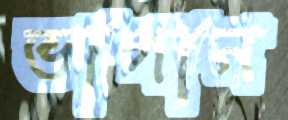
ভাগান